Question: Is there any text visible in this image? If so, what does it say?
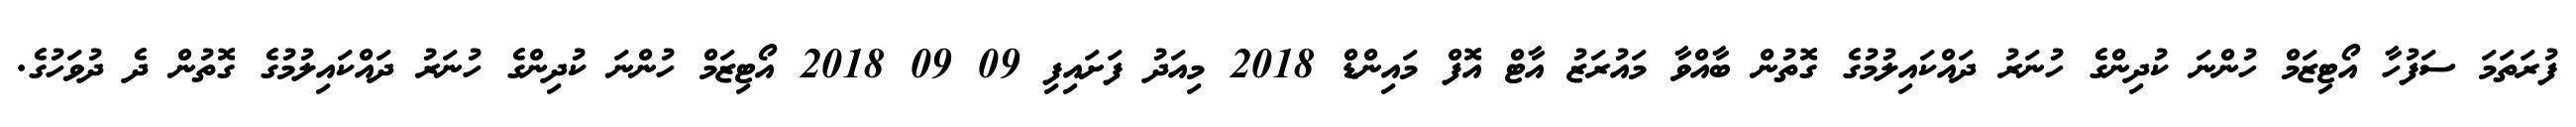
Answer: ފުރަތަމަ ސަފުހާ އޯޓިޒަމް ހުންނަ ކުދިންގެ ހުނަރު ދައްކައިލުމުގެ ގޮތުން ބާއްވާ މައުރަޒު އާޓް އޮފް މައިންޑް 2018 މިއަދު ފަށައިފި 09 09 2018 އޯޓިޒަމް ހުންނަ ކުދިންގެ ހުނަރު ދައްކައިލުމުގެ ގޮތުން ދެ ދުވަހުގެ.